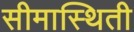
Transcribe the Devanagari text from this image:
सीमास्थिती